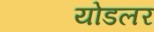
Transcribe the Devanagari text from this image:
योडलर